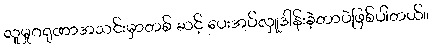
လူမှုဂရုဏာအသင်းမှာတစ် ဆင့် ပေးအပ်လှူဒါန်းခဲ့တာပဲဖြစ်ပါတယ်။